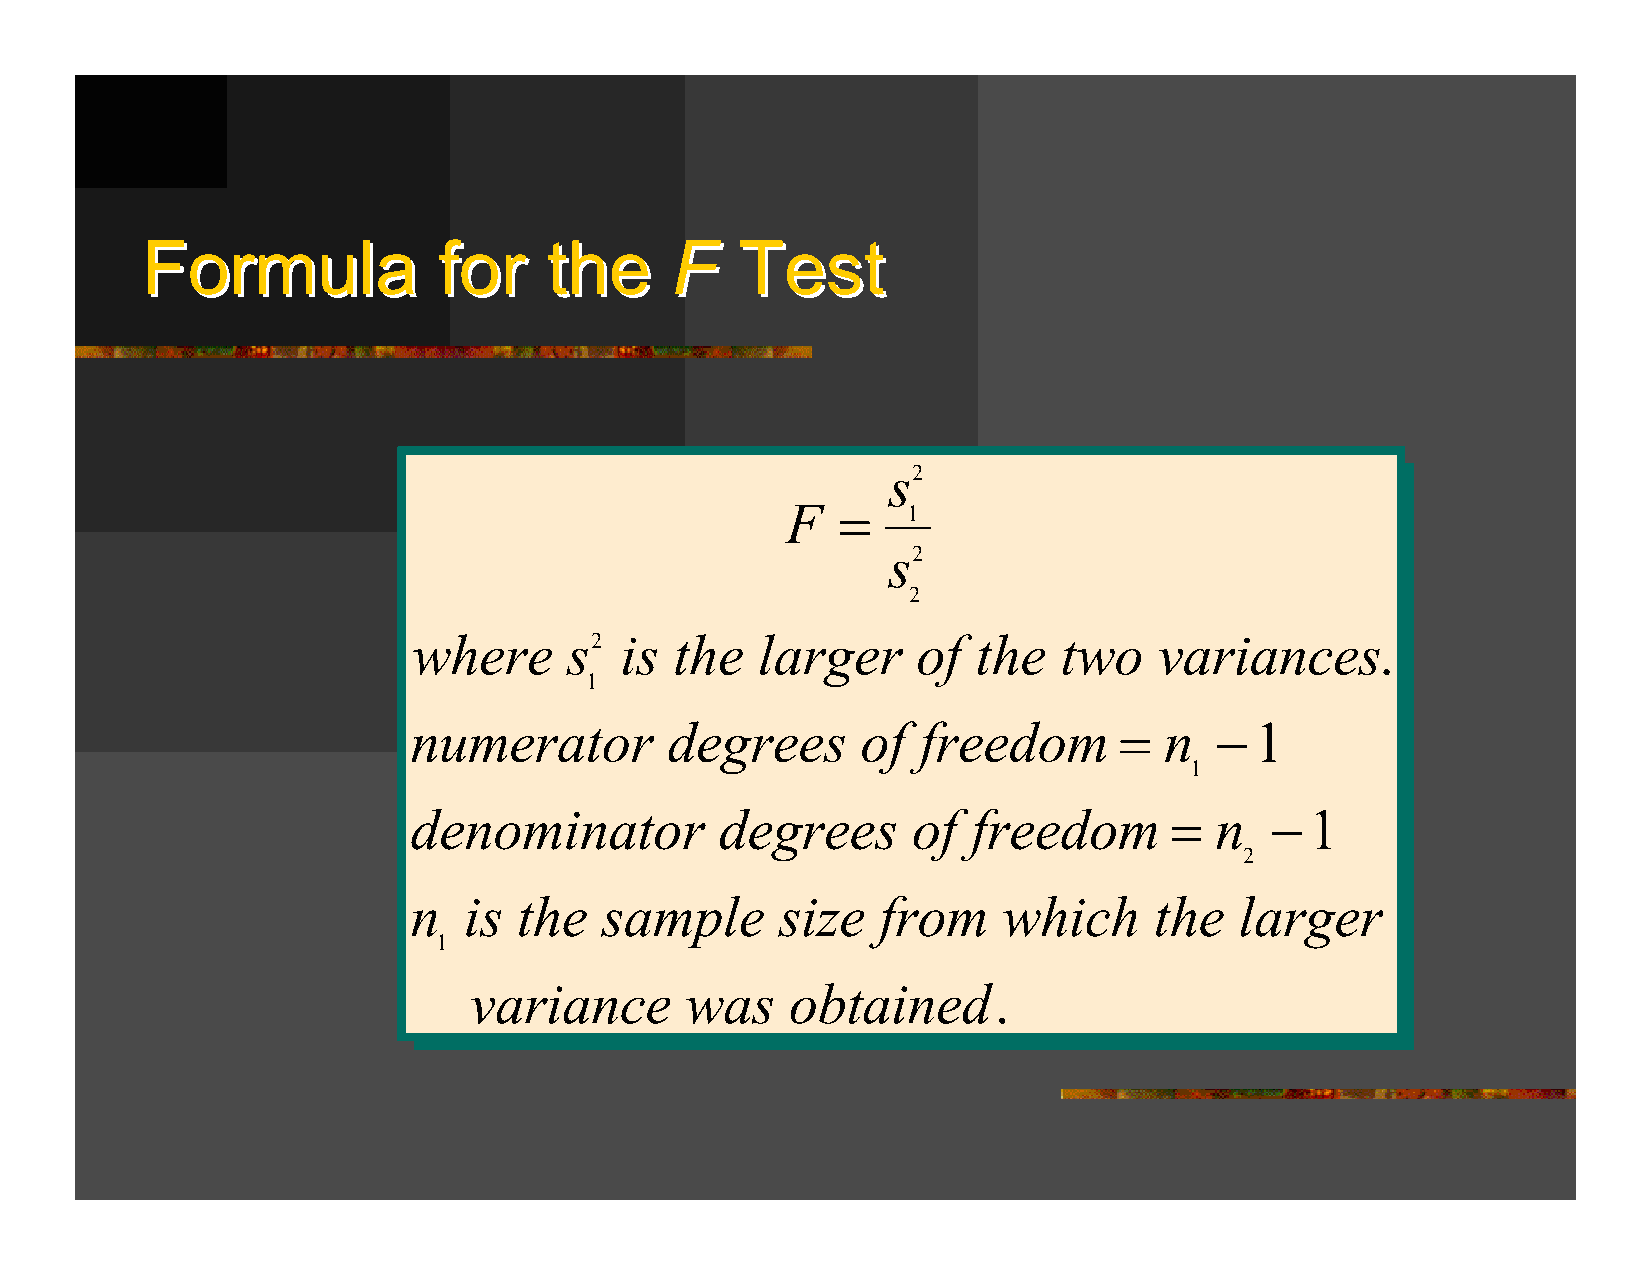
FFoorrmmuullaa      ffoorr tthhee  FF   TTeesstt
 s2
 F   =   1
 s2
 2
 where      s2 is  the  larger     of  the  two    variances.
 1
 numerator        degrees      of  freedom      =  n  −  1
 1
 denominator          degrees     of  freedom      =  n   −  1
 2
 n   is the   sample      size  from    which     the   larger
 1
 variance      was    obtained.